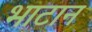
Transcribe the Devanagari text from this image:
भाटान